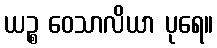
ယဉ္စ ဝေသာလိယာ ပုရေ။